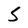
Character: S